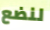
لنضع